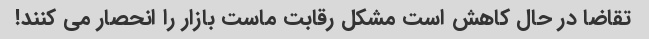
تقاضا در حال کاهش است مشکل رقابت ماست بازار را انحصار می کنند!